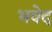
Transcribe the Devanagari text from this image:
भवेद